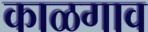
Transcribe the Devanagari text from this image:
काळगाव